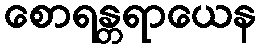
စောရန္တရာယေန